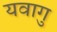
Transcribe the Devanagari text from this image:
यवागु